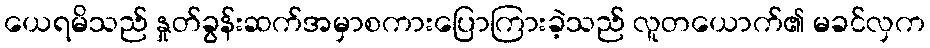
ယေရမိသည် နှုတ်ခွန်းဆက်အမှာစကားပြောကြားခဲ့သည် လူတယောက်၏ မခင်လှက